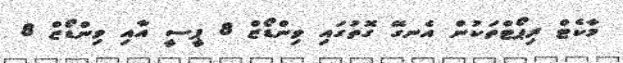
މާކެޓް ރިޕޯޓްތަކުން އެނގޭ ގޮތުގައި ވިންޑޯޒް 8 ޕީސީ އާއި ވިންޑޯޒް 8